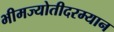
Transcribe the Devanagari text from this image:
भीमज्योतीदरम्यान